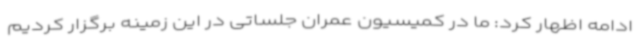
ادامه اظهار کرد: ما در کمیسیون عمران جلساتی در این زمینه برگزار کردیم